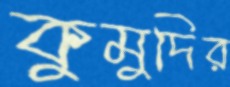
কুমুদির